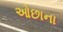
ઓછાના